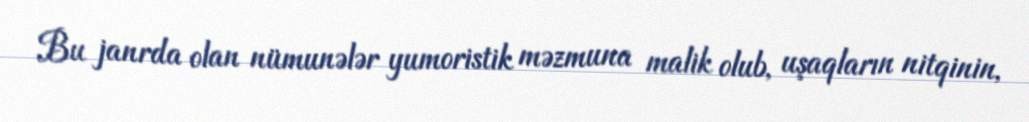
Bu janrda olan nümunələr yumoristik məzmuna malik olub, uşaqların nitqinin,